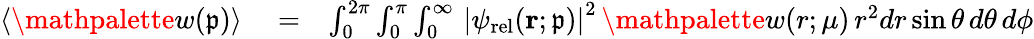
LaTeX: \begin{array}{rlr}{\langle\mathpalette{w}(\mathfrak{p})\rangle}&{{}=}&{\int_{0}^{2\pi}\int_{0}^{\pi}\int_{0}^{\infty}\, \left|\psi_{\mathrm{rel}}(\mathbf{r};\mathfrak{p})\right|^{2}\, \mathpalette{w}(r;\mu)\, r^{2}dr\sin\theta\, d\theta\, d\phi}\end{array}